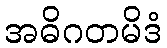
အဓိဂတမိဒံ